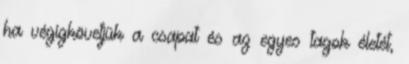
ha végigkövetjük a csapat és az egyes tagok életét,